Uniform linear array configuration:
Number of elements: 24
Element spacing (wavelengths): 1
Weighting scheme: uniform
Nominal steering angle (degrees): -60
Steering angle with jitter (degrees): -61.074
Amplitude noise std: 0.05
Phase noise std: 0.05

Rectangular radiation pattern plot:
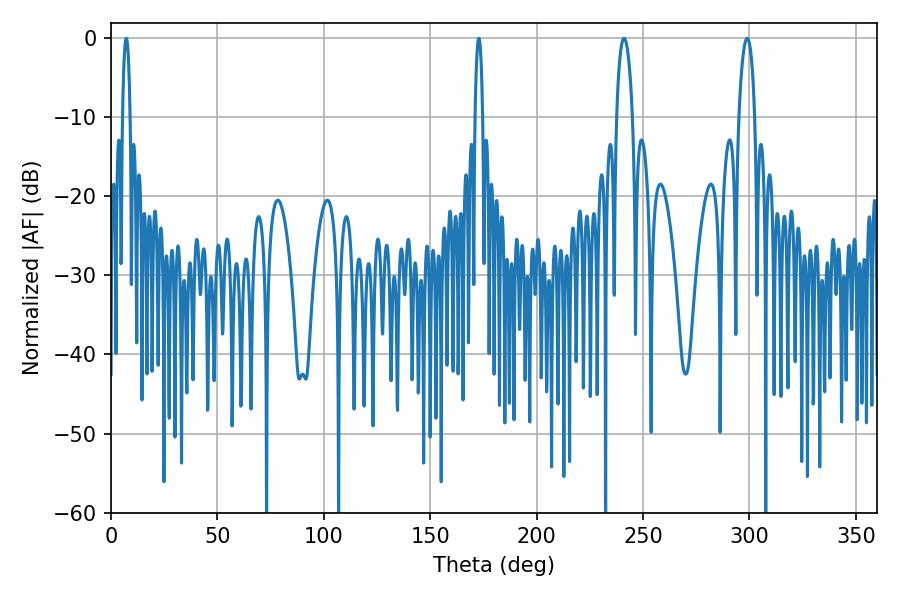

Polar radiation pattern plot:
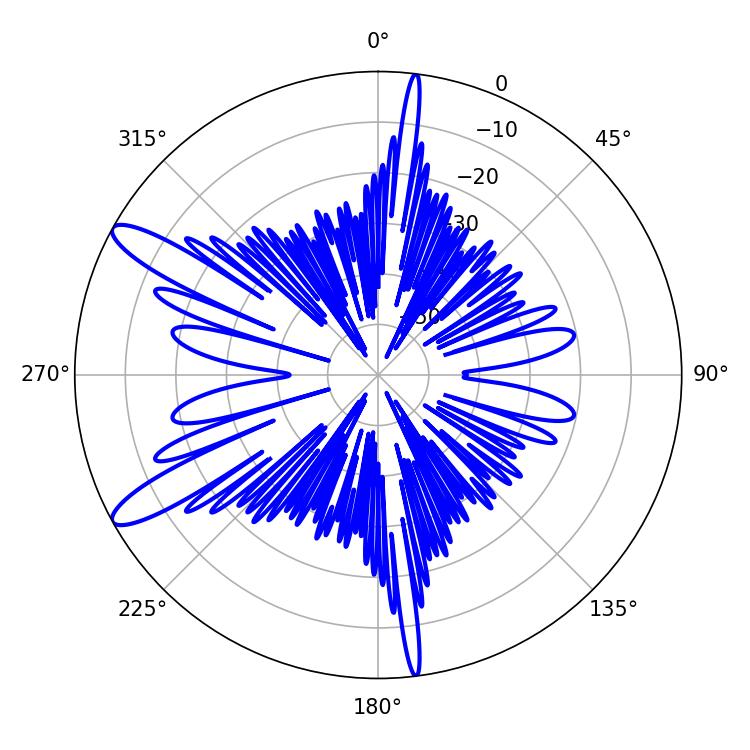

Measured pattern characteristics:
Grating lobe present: TRUE
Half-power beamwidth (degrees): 4.14
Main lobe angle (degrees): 241.02